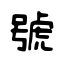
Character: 號